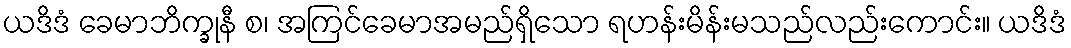
ယဒိဒံ ခေမာဘိက္ခုနီ စ၊ အကြင်ခေမာအမည်ရှိသော ရဟန်းမိန်းမသည်လည်းကောင်း။ ယဒိဒံ